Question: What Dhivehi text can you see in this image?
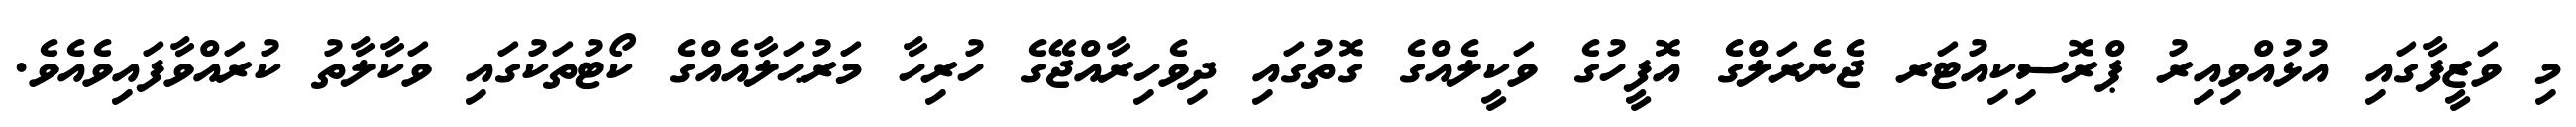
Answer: މި ވަޒީފާގައި އުޅުއްވިއިރު ޕްރޮސިކިއުޓަރ ޖެނެރަލްގެ އޮފީހުގެ ވަކީލެއްގެ ގޮތުގައި ދިވެހިރާއްޖޭގެ ހުރިހާ މަރުޙަލާއެއްގެ ކޯޓުތަކުގައި ވަކާލާތު ކުރައްވާފައިވެއެވެ.